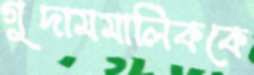
গুদামমালিককে